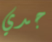
جدي